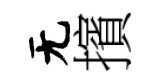
无擯